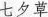
七 夕 草